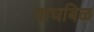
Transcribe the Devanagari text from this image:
वाघबिळ